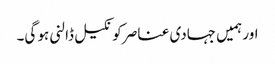
اور ہمیں جہادی عناصر کو نکیل ڈالنی ہو گی۔